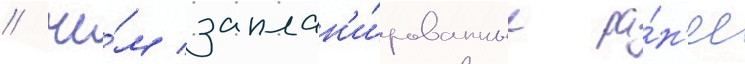
/ че́м заплан'и́рованные ра́н'ее